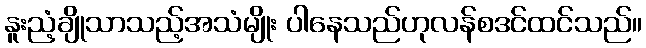
နူးညံ့ချိုသာသည့်အသံမျိုး ပါနေသည်ဟုလန်စဒင်ထင်သည်။